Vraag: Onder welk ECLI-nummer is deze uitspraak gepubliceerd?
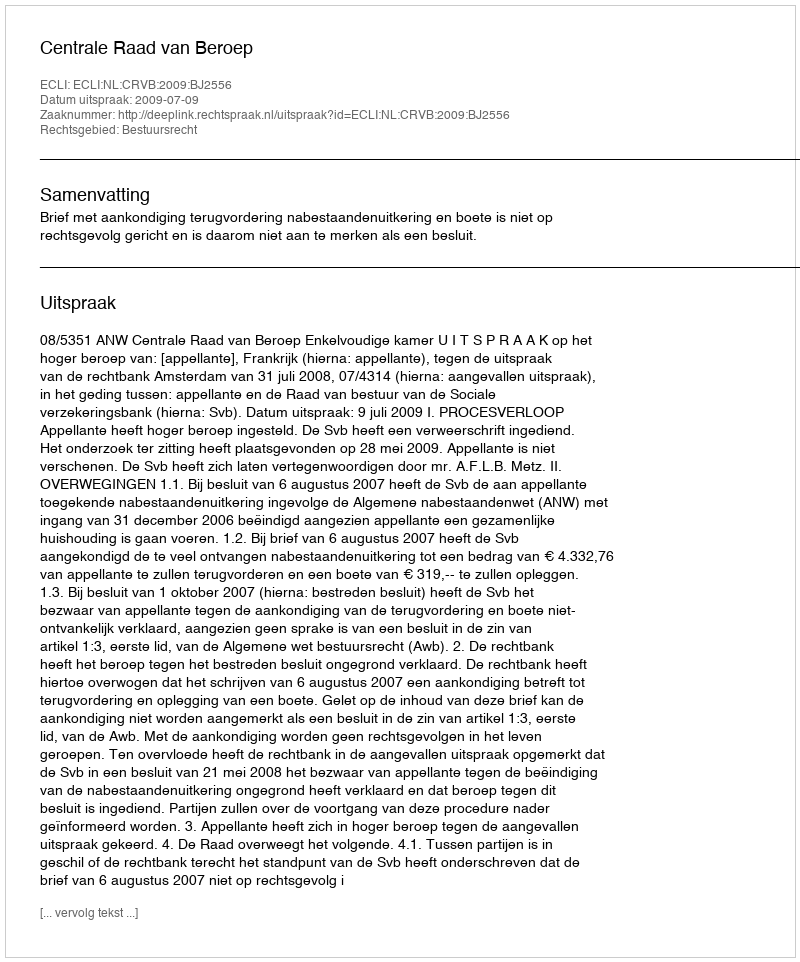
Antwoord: ECLI:NL:CRVB:2009:BJ2556